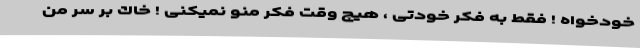
خودخواه ! فقط به فكر خودتى ، هيچ وقت فكر منو نميكنى ! خاك بر سر من